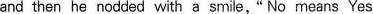
and then he nodded with a smile," No means Yes